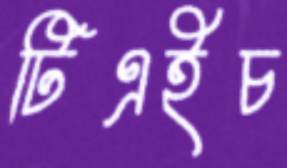
টিএইচ